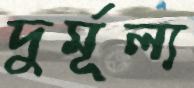
দুর্মূল্য